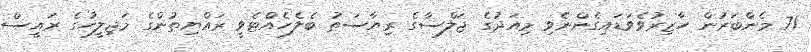
71 މެންބަރުން ހާޒިރުވެވަޑައިގެންނެވި މިއަދުގެ ޖަލްސާގެ ރިޔާސަތު ބެލެހެއްޓެވީ ރައްޔިތުންގެ މަޖިލީހުގެ ރައީސް